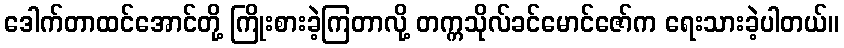
ဒေါက်တာထင်အောင်တို့ ကြိုးစားခဲ့ကြတာလို့ တက္ကသိုလ်ခင်မောင်ဇော်က ရေးသားခဲ့ပါတယ်။